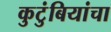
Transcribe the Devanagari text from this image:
कुटुंबियांचा